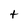
Character: t